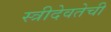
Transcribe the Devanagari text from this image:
स्त्रीदेवतेची